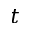
t